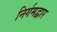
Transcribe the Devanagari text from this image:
निर्गमद्वार